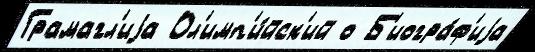
Грамагл'иjа Ол'имп'и́йск'ий о Б'иогра́ф'иjа